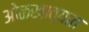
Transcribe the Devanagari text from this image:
ओळखाव्यात